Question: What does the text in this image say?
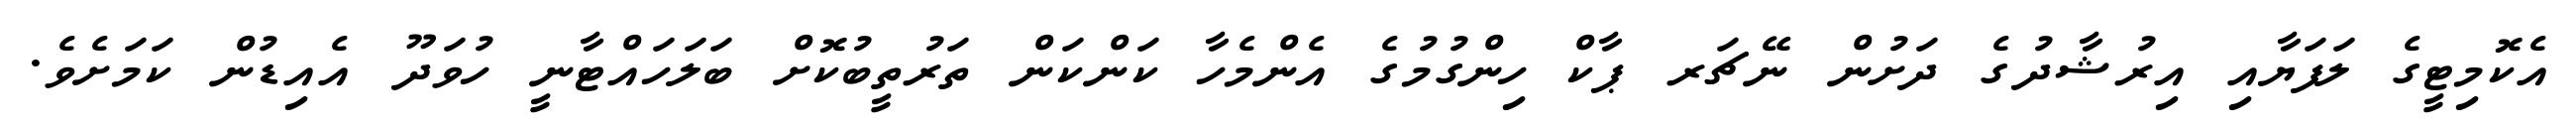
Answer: އެކޮމިޓީގެ ލަފަޔާއި އިރުޝާދުގެ ދަށުން ނޭޗަރ ޕާކް ހިންގުމުގެ އެންމެހާ ކަންކަން ތަރުތީބުކޮށް ބަލަހައްޓާނީ ހުވަދޫ އެއިޑުން ކަމަށެވެ.